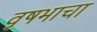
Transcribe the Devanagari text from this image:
वृषभाचा